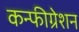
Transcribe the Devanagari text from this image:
कन्फीग्रेशन